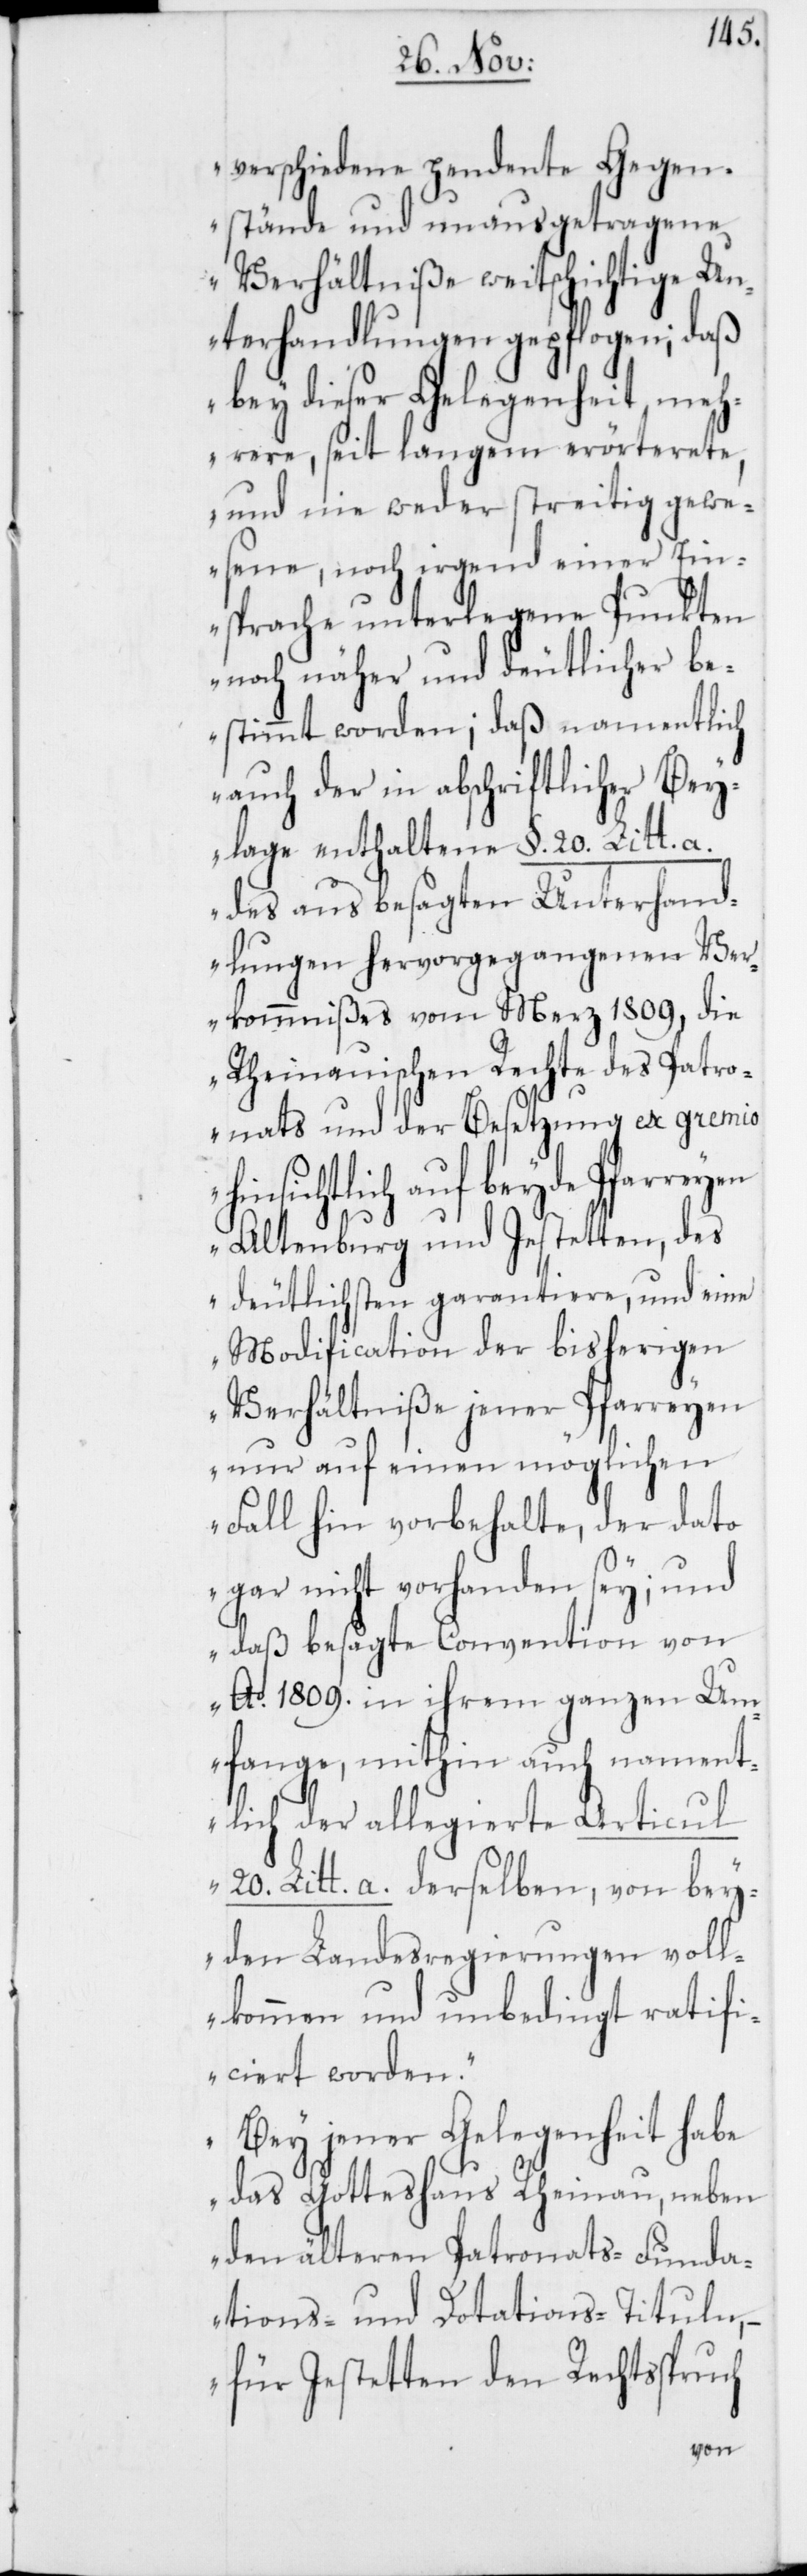
verschiedene pendente Gegen¬
stände und unausgetragene
Verhältniße weitschichtige Un¬
terhandlungen gepflogen; daß
bey dieser Gelegenheit meh¬
rere, seit langem erörterete,
und nie weder streitig gewe¬
sene, noch irgend einer Ein¬
sprache unterlegene Punkten
noch näher und deutlicher be¬
stimmt worden; daß namentlich
auch der in abschriftlicher Bey¬
lage enthaltene §. 20. Litt. a.
des aus besagten Unterhand¬
lungen hervorgegangenen Ver¬
kommnißes vom Merz 1809, die
Rheinauischen Rechte des Patro¬
nats und der Besetzung ex gremio
hinsichtlich auf beyde
Altenburg und Jestetten, des
deutlichsten garantiere, und eine
Modification der bisherigen
Verhältniße jener Pfarreyen
nur auf einen möglichen
Fall hin vorbehalte, der dato
gar nicht vorhanden sey; und
daß besagte Convention von
Ao. 1809. in ihrem ganzen Um¬
fange, mithin auch nament¬
lich der allegierte Articul
20. Litt. a. derselben, von bey¬
den Landesregierungen voll¬
kommen und unbedingt ratifi¬
ciert worden.
Bey jener Gelegenheit habe
das Gotteshaus Rheinau, neben
den älteren Patronats-, Funda¬
tions- und Dotations-Tituln,
– für Jestetten den Rechtßpruch